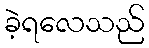
ခဲ့ရလေသည်